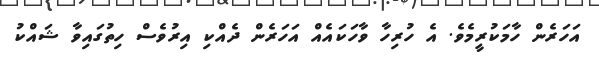
އަހަރެން ހާމަކުރީމެވެ. އެ ހުރިހާ ވާހަކައެއް އަހަރެން ދެއްކި އިރުވެސް ހިތުގައިވާ ޝައްކު